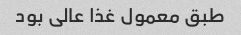
طبق معمول غذا عالی بود